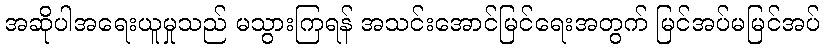
အဆိုပါအရေးယူမှုသည် မသွားကြရန် အသင်းအောင်မြင်ရေးအတွက် မြင်အပ်မမြင်အပ်